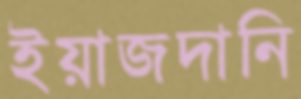
ইয়াজদানি